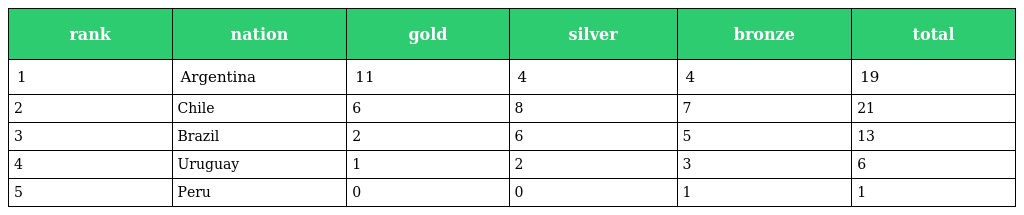
| rank | nation | gold | silver | bronze | total |
 | --- | --- | --- | --- | --- | --- |
 | 1 | Argentina | 11 | 4 | 4 | 19 |
 | 2 | Chile | 6 | 8 | 7 | 21 |
 | 3 | Brazil | 2 | 6 | 5 | 13 |
 | 4 | Uruguay | 1 | 2 | 3 | 6 |
 | 5 | Peru | 0 | 0 | 1 | 1 |